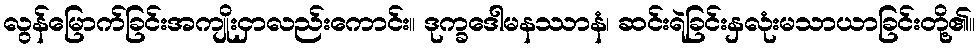
လွန်မြောက်ခြင်းအကျိုးငှာလည်းကောင်း။ ဒုက္ခဒေါမနဿာနံ၊ ဆင်းရဲခြင်းနှလုံးမသာယာခြင်းတို့၏။